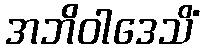
အဘိဝါဒေသိံ